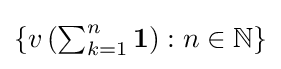
{\textstyle \left\{v\left(\sum _{k=1}^{n}\mathbf {1} \right):n\in \mathbb {N} \right\}}